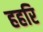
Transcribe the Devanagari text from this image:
हहरि